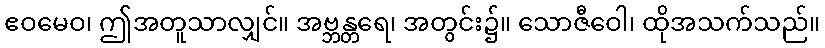
ဧဝမေဝ၊ ဤအတူသာလျှင်။ အဗ္ဘန္တရေ၊ အတွင်း၌။ သောဇီဝေါ၊ ထိုအသက်သည်။